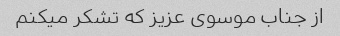
از جناب موسوی عزیز که تشکر میکنم